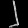
Digit: ၂